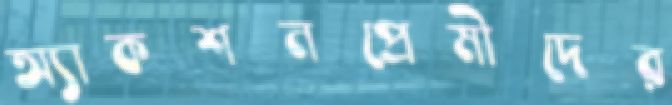
অ্যাকশনপ্রেমীদের